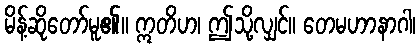
မိန့်ဆိုတော်မူ၏။ ဣတိဟ၊ ဤသို့လျှင်။ တေမဟာနာဂါ၊